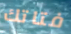
فتاتك